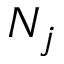
N _ { j }